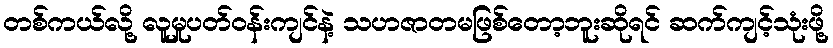
တစ်ကယ်လို့ လူမှုပတ်ဝန်းကျင်နဲ့ သဟဇာတမဖြစ်တော့ဘူးဆိုရင် ဆက်ကျင့်သုံးဖို့